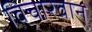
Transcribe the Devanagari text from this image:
विचारवान्